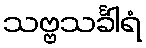
သဗ္ဗသင်္ခါရံ